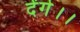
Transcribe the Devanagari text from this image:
देंगे।।